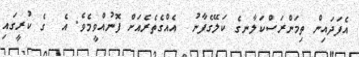
އެފަދައިން ތިމަންރަސްކަލާނގެ ކަލޭގެފާނު  އެއްގެތެރެއަށް ފޮނުއްވީމެވެ. އެ  ގެ ކުރީގައި